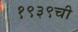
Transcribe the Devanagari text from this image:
१९३९ची